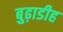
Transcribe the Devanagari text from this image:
बुढ़ाडीह